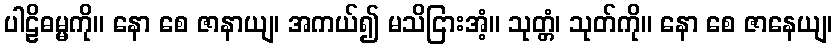
ပါဠိဓမ္မကို။ နော စေ ဇာနာယျ၊ အကယ်၍ မသိငြားအံ့။ သုတ္တံ၊ သုတ်ကို။ နော စေ ဇာနေယျ၊